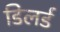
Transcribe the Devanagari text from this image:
डिलर्ड